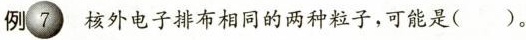
例7 核外电子排布相同的两种粒子，可能是(）。